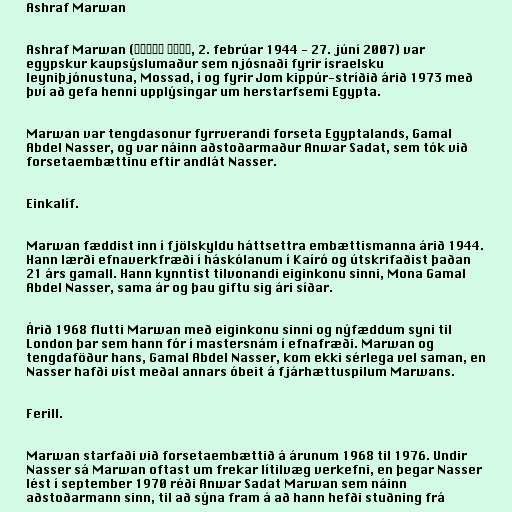
Ashraf Marwan

Ashraf Marwan (أشرف مروان‎‎, 2. febrúar 1944 - 27. júní 2007) var
egypskur kaupsýslumaður sem njósnaði fyrir ísraelsku
leyniþjónustuna, Mossad, í og fyrir Jom kippúr-stríðið árið 1973 með
því að gefa henni upplýsingar um herstarfsemi Egypta.

Marwan var tengdasonur fyrrverandi forseta Egyptalands, Gamal
Abdel Nasser, og var náinn aðstoðarmaður Anwar Sadat, sem tók við
forsetaembættinu eftir andlát Nasser.

Einkalíf.

Marwan fæddist inn í fjölskyldu háttsettra embættismanna árið 1944.
Hann lærði efnaverkfræði í háskólanum í Kaíró og útskrifaðist þaðan
21 árs gamall. Hann kynntist tilvonandi eiginkonu sinni, Mona Gamal
Abdel Nasser, sama ár og þau giftu sig ári síðar.

Árið 1968 flutti Marwan með eiginkonu sinni og nýfæddum syni til
London þar sem hann fór í mastersnám í efnafræði. Marwan og
tengdaföður hans, Gamal Abdel Nasser, kom ekki sérlega vel saman, en
Nasser hafði víst meðal annars óbeit á fjárhættuspilum Marwans.

Ferill.

Marwan starfaði við forsetaembættið á árunum 1968 til 1976. Undir
Nasser sá Marwan oftast um frekar lítilvæg verkefni, en þegar Nasser
lést í september 1970 réði Anwar Sadat Marwan sem náinn
aðstoðarmann sinn, til að sýna fram á að hann hefði stuðning frá